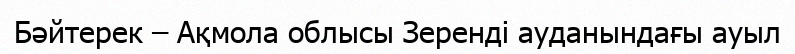
Бәйтерек – Ақмола облысы Зеренді ауданындағы ауыл